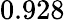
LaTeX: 0.928